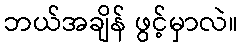
ဘယ်အချိန် ဖွင့်မှာလဲ။